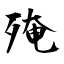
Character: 殗